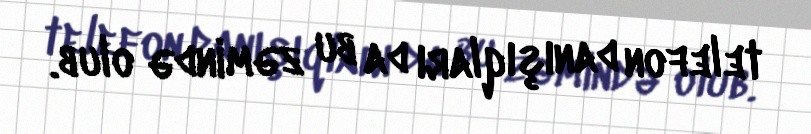
telefon danışıqları da bu zəmində olub.